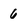
Character: 6